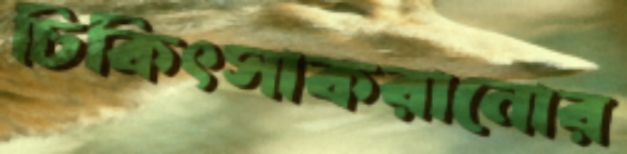
চিকিৎসাকরানোর